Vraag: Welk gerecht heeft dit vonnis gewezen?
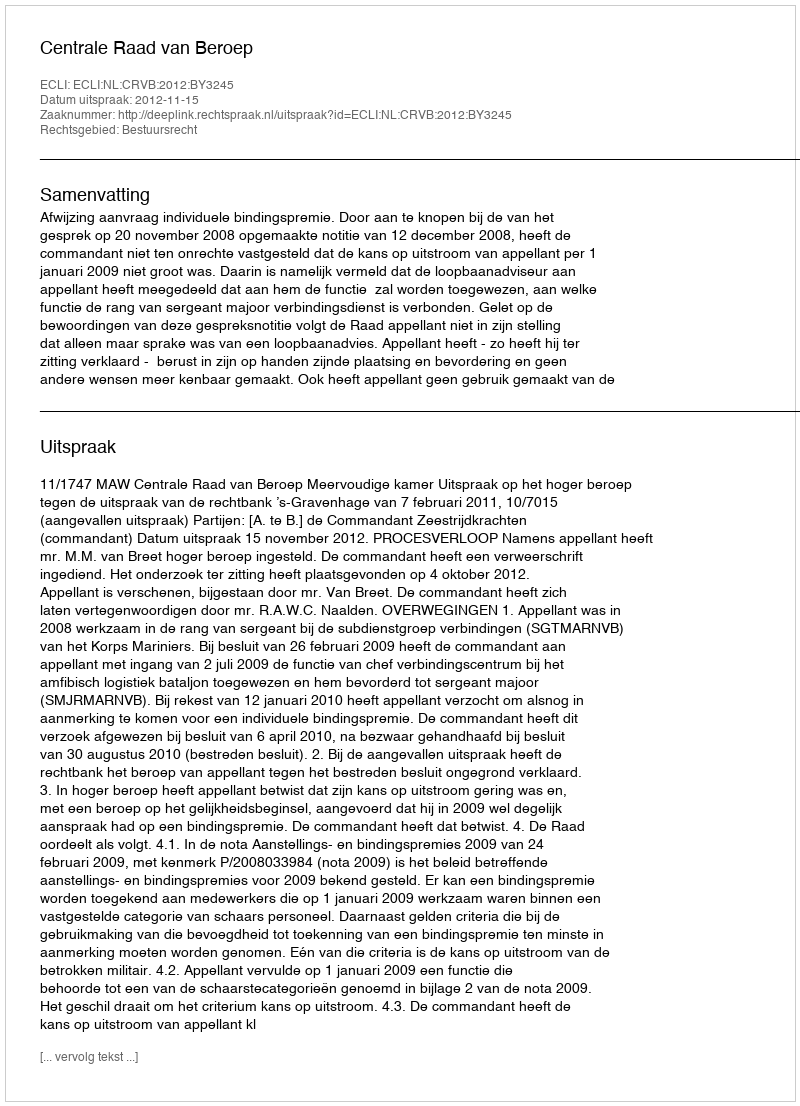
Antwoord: Centrale Raad van Beroep